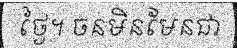
ថ្ងៃ។ ចនមិនមែនជា